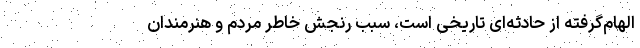
الهام‌گرفته از حادثه‌ای تاریخی است، سبب رنجش خاطر مردم و هنرمندان